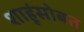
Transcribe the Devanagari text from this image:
शाहूंसोबत